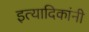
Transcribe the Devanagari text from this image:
इत्यादिकांनी